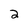
Character: 2